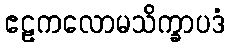
ဧဠကလောမသိက္ခာပဒံ